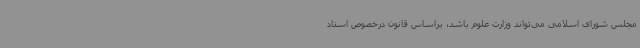
مجلس شورای اسلامی می‌تواند وزارت علوم باشد، براساس قانون درخصوص اسناد